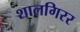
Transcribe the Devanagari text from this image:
शालगिरर